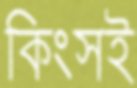
কিংসই